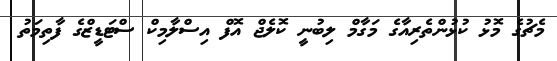
މެޗުގެ މޮޅު ކުޅުންތެރިއާގެ މަގާމް ލިބުނީ ކޮލެޖް އޮފް އިސްލާމިކް ސްޓަޑީޒްގެ ފާތިމަތު